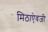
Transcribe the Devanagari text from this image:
मिठाऐवजी